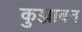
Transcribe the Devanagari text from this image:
कुञ्जाबन